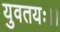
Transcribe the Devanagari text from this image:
युवतयः।।